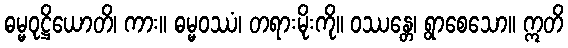
ဓမ္မဝုဋ္ဌိယောတိ၊ ကား။ ဓမ္မဝဿံ၊ တရားမိုးကို။ ဝဿန္တေ၊ ရွာစေသော။ ဣတိ